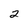
Character: 2